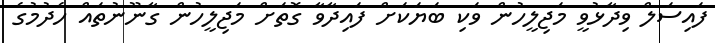
ފައިސަލް ވިދާޅުވީ މަޖިލީހުން ވަކި ބަޔަކަށް ފައިދާވާ ގޮތަށް މަޖިލީހުން ގާނޫނުތައް ހެދުމުގެ